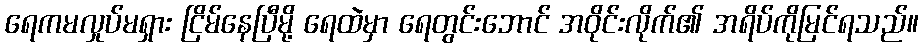
ရေကမလှုပ်မရှား ငြိမ်နေပြီမို့ ရေထဲမှာ ရေတွင်းဘောင် အဝိုင်းလိုက်၏ အရိပ်ကိုမြင်ရသည်။